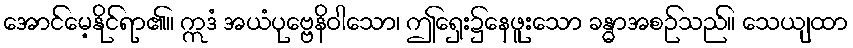
အောင်မေ့နိုင်ရာ၏။ ဣဒံ အယံပုဗ္ဗေနိဝါသော၊ ဤရှေး၌နေဖူးသော ခန္ဓာအစဉ်သည်။ သေယျထာ